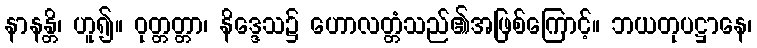
နာနန္တိ၊ ဟူ၍။ ဝုတ္တတ္တာ၊ နိဒ္ဒေသ၌ ဟောလတ္တံသည်၏အဖြစ်ကြောင့်။ ဘယတုပဋ္ဌာနေ၊